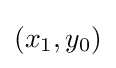
(x_{1},y_{0})